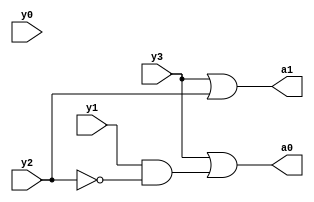
`timescale 1ns / 1ps
//////////////////////////////////////////////////////////////////////////////////
// Company: 
// Engineer: 
// 
// Design Name: 
// Module Name:    encoder_behavioural 
// Project Name: 
// Target Devices: 
// Tool versions: 
// Description: 
//
// Dependencies: 
//
// Revision: 
// Revision 0.01 - File Created
// Additional Comments: 
//
//////////////////////////////////////////////////////////////////////////////////
module encoder_behavioural(y3,y2,y1,y0,a1,a0);
	 input y3,y2,y1,y0;
     output reg a1,a0;
    
	 always @ (a0,a1)
	 begin
	 a0=y3|(y1&~y2);
     a1=y3|y2;

end
endmodule